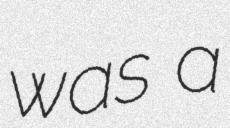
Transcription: was a